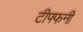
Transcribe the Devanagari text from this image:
टीफ्फनी